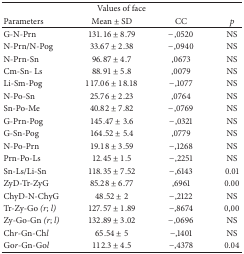
<table><thead><tr><td colspan="4"><b>Values of face</b></td></tr><tr><td><b>Parameters</b></td><td><b>Mean ± SD</b></td><td><b>CC</b></td><td><b><i>p</i></b></td></tr></thead><tbody><tr><td>G-N-Prn</td><td>131.16 ± 8.79</td><td>−,0520</td><td>NS</td></tr><tr><td>N-Prn/N-Pog</td><td>33.67 ± 2.38</td><td>−,0940</td><td>NS</td></tr><tr><td>N-Prn-Sn</td><td>96.87 ± 4.7</td><td>,0673</td><td>NS</td></tr><tr><td>Cm-Sn- Ls</td><td>88.91 ± 5.8</td><td>,0079</td><td>NS</td></tr><tr><td>Li-Sm-Pog</td><td>117.06 ± 18.18</td><td>−,1077</td><td>NS</td></tr><tr><td>N-Po-Sn</td><td>25.76 ± 2.23</td><td>,0764</td><td>NS</td></tr><tr><td> Sn-Po-Me</td><td>40.82 ± 7.82</td><td>−,0769</td><td>NS</td></tr><tr><td>G-Prn-Pog</td><td>145.47 ± 3.6</td><td>−,0321</td><td>NS</td></tr><tr><td>G-Sn-Pog</td><td>164.52 ± 5.4</td><td>,0779</td><td>NS</td></tr><tr><td>N-Po-Prn</td><td>19.18 ± 3.59</td><td>−,1268</td><td>NS</td></tr><tr><td>Prn-Po-Ls</td><td>12.45 ± 1.5</td><td>−,2251</td><td>NS</td></tr><tr><td>Sn-Ls/Li-Sn</td><td>118.35 ± 7.52</td><td>−,6143</td><td>0.01</td></tr><tr><td>ZyD-Tr-ZyG</td><td>85.28 ± 6.77</td><td>,6961</td><td>0.00</td></tr><tr><td>ChyD-N-ChyG</td><td>48.52 ± 2</td><td>−,2122</td><td>NS</td></tr><tr><td>Tr-Zy-Go <i>(r</i>;<i> l)</i></td><td>127.57 ± 1.89</td><td>−,8674</td><td>0,00</td></tr><tr><td>Zy-Go-Gn <i>(r</i>;<i> l)</i></td><td>132.89 ± 3.02</td><td>−,0696</td><td>NS</td></tr><tr><td>Ch<i>r</i>-Gn-Ch<i>l</i></td><td>65.54 ± 5</td><td>−,1401</td><td>NS</td></tr><tr><td>Go<i>r</i>-Gn-Go<i>l</i></td><td>112.3 ± 4.5</td><td>−,4378</td><td>0.04</td></tr></tbody></table>